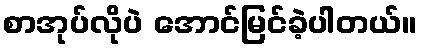
စာအုပ်လိုပဲ အောင်မြင်ခဲ့ပါတယ်။